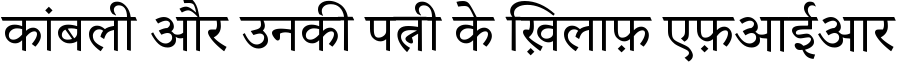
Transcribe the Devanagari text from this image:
कांबली और उनकी पत्नी के ख़िलाफ़ एफ़आईआर